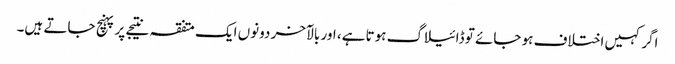
اگر کہیں اختلاف ہو جائے تو ڈائیلاگ ہوتا ہے، اور بالآخر دونوں ایک متفقہ نتیجے پر پہنچ جاتے ہیں۔